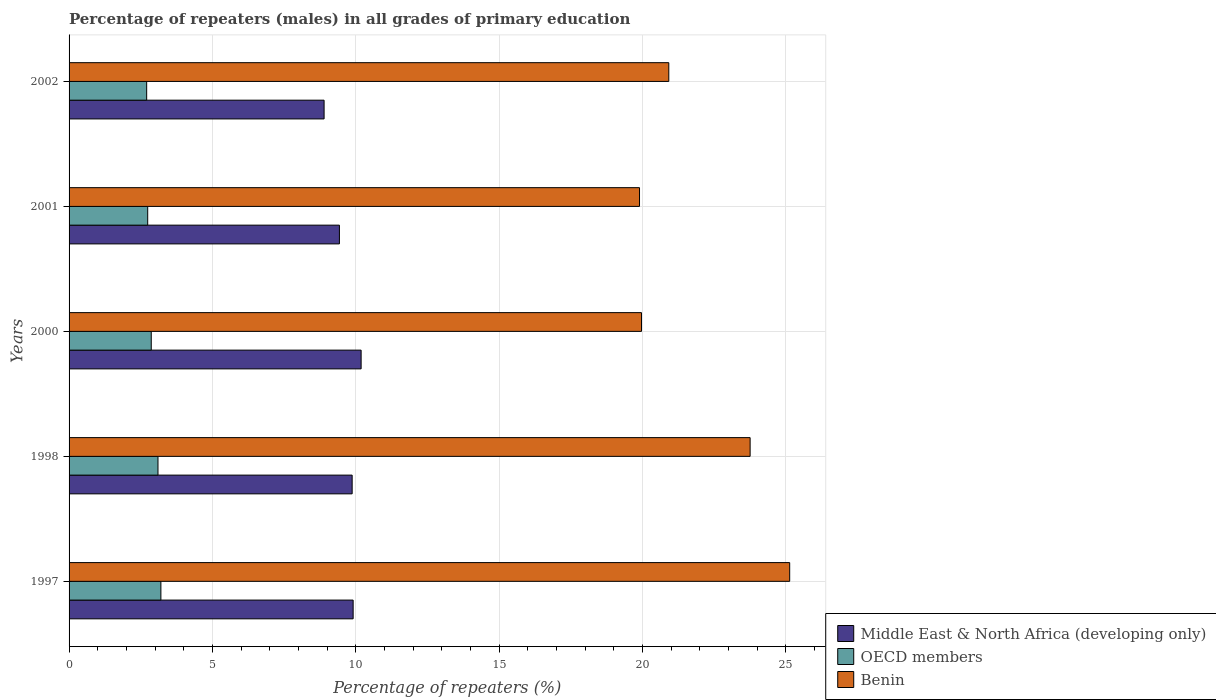
| Years | Middle East & North Africa (developing only) | OECD members | Benin |
 | --- | --- | --- | --- |
 | 1997 | 9.91 | 3.2 | 25.1 |
 | 1998 | 9.88 | 3.1 | 23.8 |
 | 2000 | 10.2 | 2.87 | 20 |
 | 2001 | 9.43 | 2.74 | 19.9 |
 | 2002 | 8.9 | 2.71 | 20.9 |